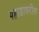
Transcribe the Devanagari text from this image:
पहाडावरील